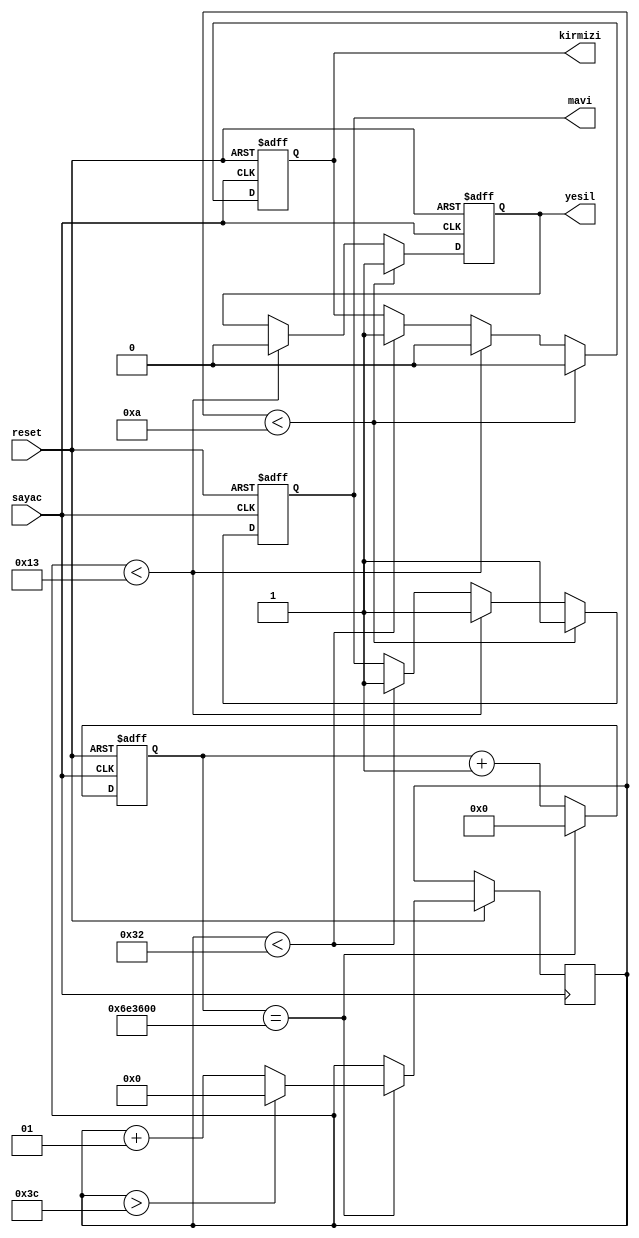
module traffic_lights(
  input sayac,
  input reset,
  output reg kirmizi,
  output reg mavi,
  output reg yesil
);

  reg [23:0] counter;
  integer saniye;

  always @(posedge sayac or negedge reset) begin
    if (!reset) begin
      counter <= 24'd0;
      kirmizi <= 1'b1;
      mavi <= 1'b0;
      yesil <= 1'b0;
    end else begin
      if (saniye < 10) begin 
        kirmizi <= 1'b0;
        mavi <= 1'b1;
        yesil <= 1'b1;
      end 

      else if (saniye < 19) begin 
        kirmizi <= 1'b0;
        mavi <= 1'b1;
        yesil <= 1'b0;
      end 

      else if (saniye < 50) begin 
        kirmizi <= 1'b1;
        mavi <= 1'b1;
        yesilf <= 1'b0;
      end 
      counter <= counter + 1;
      if (counter == 24'd2400_0000) begin
        counter <= 24'd0;

        saniye <= saniye + 1;
        if (saniye > 60 )begin
        saniye <= 0;
    end
      end
    end
  end
endmodule